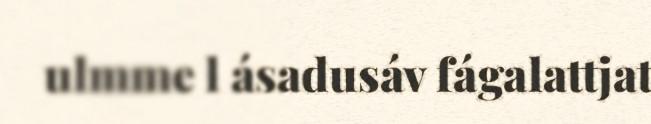
ulmme l ásadusáv fágalattjat